Senior Leaving Certificate Examination (including Day School Certificate (Higher) General paper), 1946
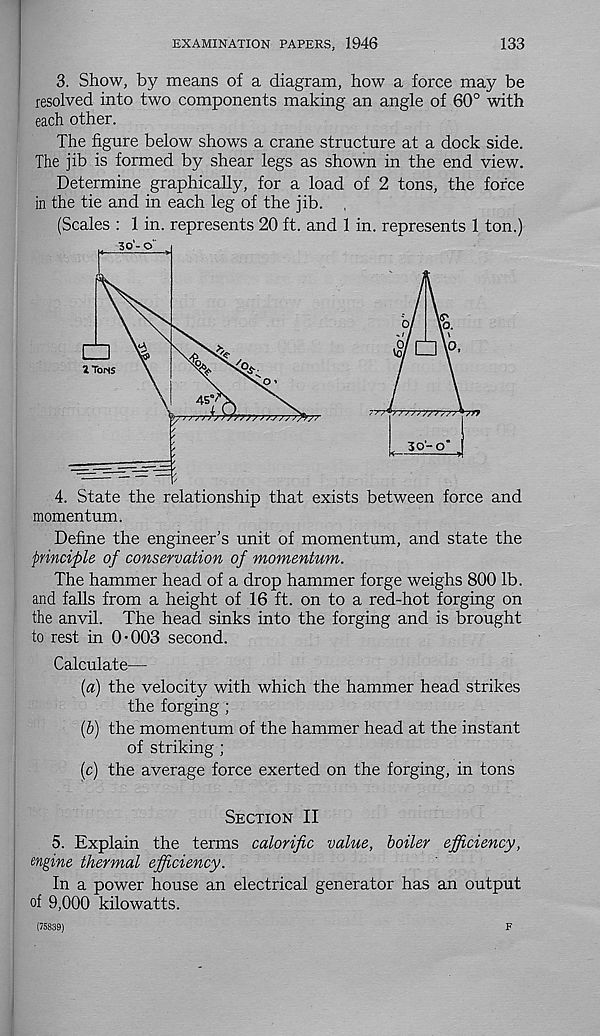
EXAMINATION PAPERS, 1946
133
3. Show, by means of a diagram, how a force may be
resolved into two components making an angle of 60° with
each other.
The figure below shows a crane structure at a dock side.
The jib is formed by shear legs as shown in the end view.
Determine graphically, for a load of 2 tons, the force
in the tie and in each leg of the jib. ,
(Scales : 1 in. represents 20 ft. and 1 in. represents 1 ton.)
4. State the relationship that exists between force and
momentum.
Define the engineer’s unit of momentum, and state the
principle of conservation of momentum.
The hammer head of a drop hammer forge weighs 800 lb.
and falls from a height of 16 ft. on to a red-hot forging on
the anvil. The head sinks into the forging and is brought
to rest in 0-003 second.
Calculate—
[а) the velocity with which the hammer head strikes
the forging ;
(б) the momentum of the hammer head at the instant
of striking ;
(c) the average force exerted on the forging, in tons
Section II
5. Explain the terms calorific value, boiler efficiency,
engine thermal efficiency.
In a power house an electrical generator has an output
of 9,000 kilowatts.
(75839)
F